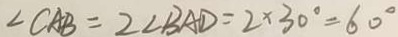
\angle C A B = 2 \angle B A D = 2 \times 3 0 ^ { \circ } = 6 0 ^ { \circ }